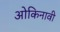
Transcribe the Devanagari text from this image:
ओकिनावी